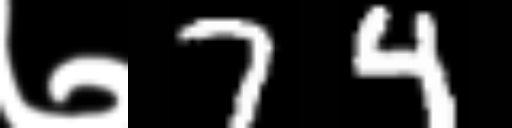
Text: ७74